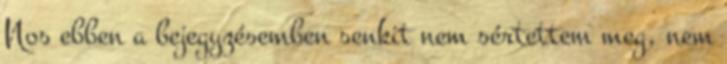
Nos ebben a bejegyzésemben senkit nem sértettem meg, nem